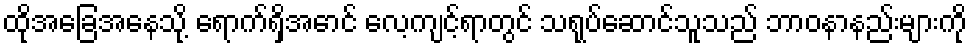
ထိုအခြေအနေသို့ ရောက်ရှိအောင် လေ့ကျင့်ရာတွင် သရုပ်ဆောင်သူသည် ဘာဝနာနည်းများကို